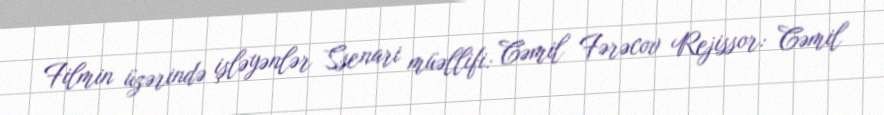
Filmin üzərində işləyənlər Ssenari müəllifi: Cəmil Fərəcov Rejissor: Cəmil